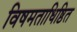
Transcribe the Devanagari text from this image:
विषमताधिष्ठित